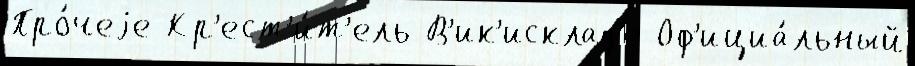
Про́чеjе Кр'ест'и́т'ель В'ик'исклад'е Оф'ициа́льный